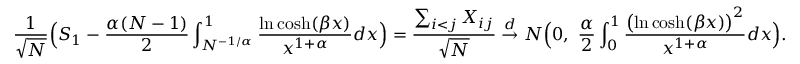
\frac { 1 } { \sqrt { N } } \Bigl ( S _ { 1 } - \frac { \alpha ( N - 1 ) } { 2 } \int _ { N ^ { - 1 / \alpha } } ^ { 1 } \frac { \ln \cosh ( \beta x ) } { x ^ { 1 + \alpha } } d x \Bigr ) = \frac { \sum _ { i < j } X _ { i j } } { \sqrt { N } } \stackrel { d } { \to } N \Bigl ( 0 , \ \frac { \alpha } { 2 } \int _ { 0 } ^ { 1 } \frac { \bigl ( \ln \cosh ( \beta x ) \bigr ) ^ { 2 } } { x ^ { 1 + \alpha } } d x \Bigr ) .